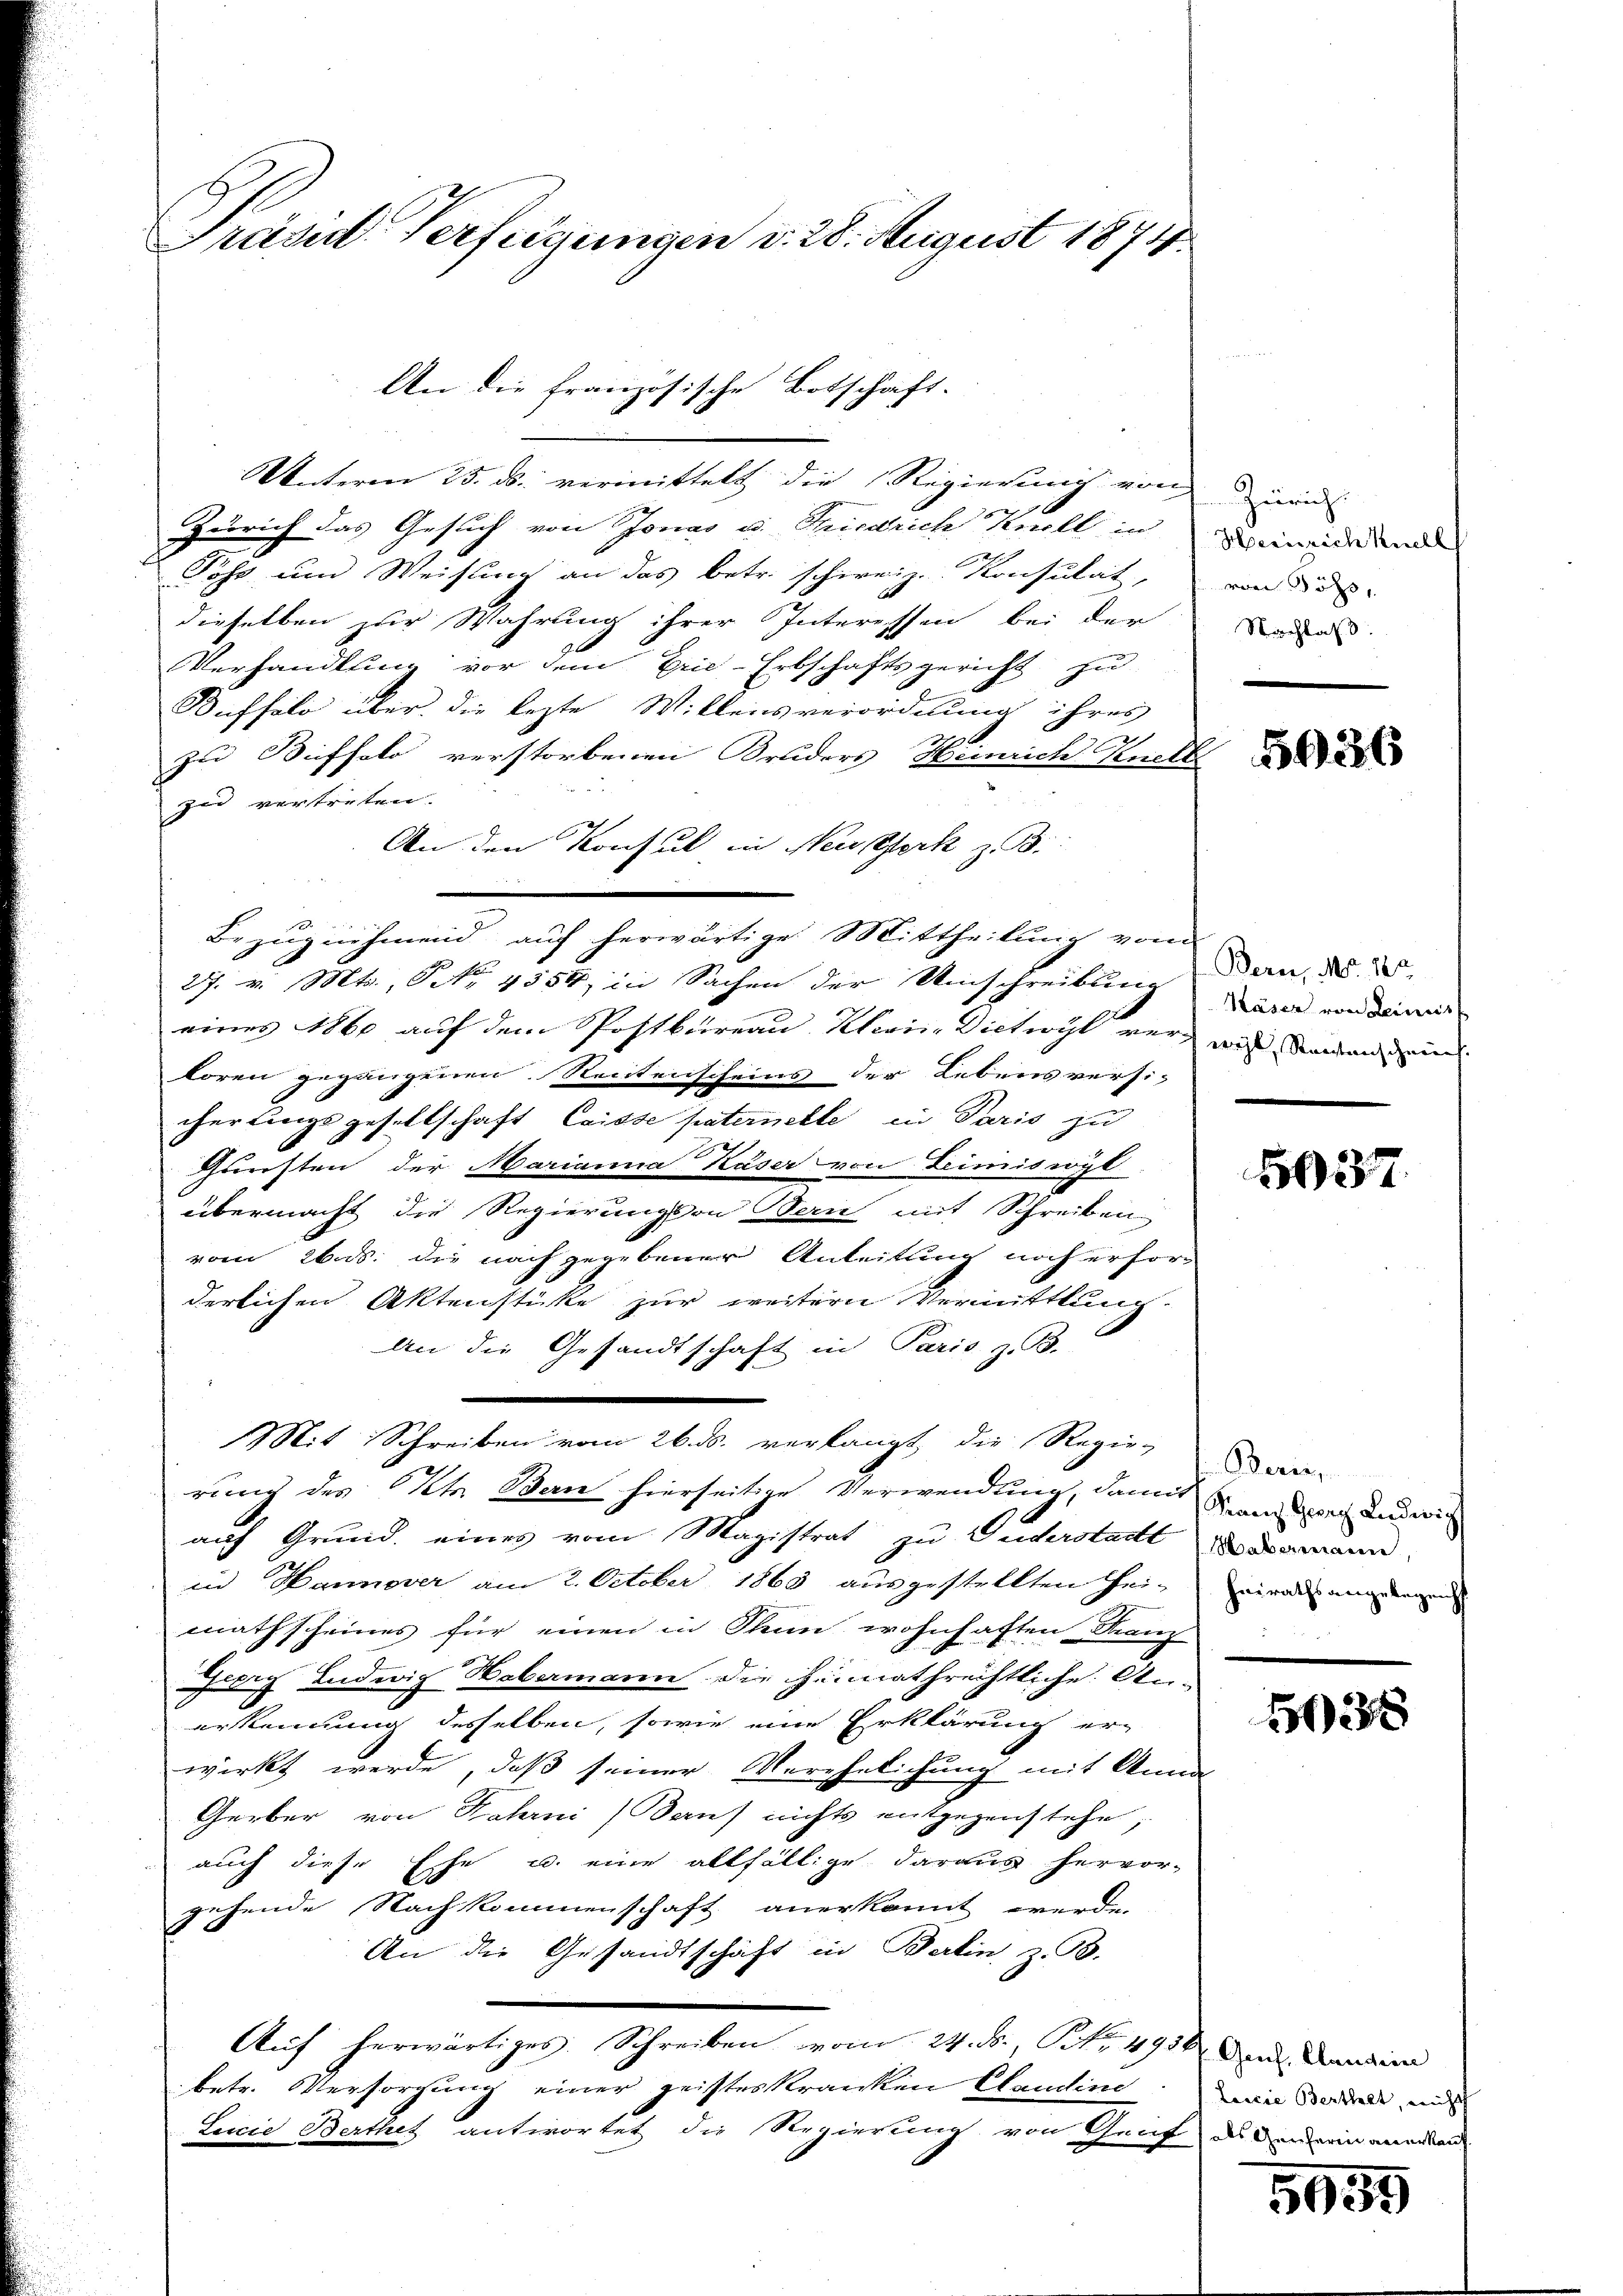
Präsid. Verfügungen d. 28. August 1874

Unterm 25. ds. vermittelt die Regierung von und
Zürich das Gesuch von Jonas u. Tiedrich Knoll in
Poss und Weisung an das betr. schweiz. Konsulat,
dieselben zur Wahrung ihrer Interessen bei der
Verhandlung vor dem Erie-Erbschaftsgericht zu
Buffalo über die lezte Willensverordnung ihres
zu Buffalo verstorbenen Bruders Heinrich, Knels
zu vertreten.
An den Konsul in New York z. B.
Bezugnehmend auf herwärtige Mittheilung vom
27. v. Mts., Art. 4554, in Sachen der Umschreibung
eines 1860 auf dem Postbureau Klein Dietwyl vor wie denen ein
Loren gegangenen Rectenscheins der Lebensversi-
cherlingsgesellschaft Caisse paternelle in Paris zu
2
Gunsten der Marianna Käser von Dimiswyl
übermacht die Regierungsan Bern mit Schreiben
vom 26. ds. die nach gegebener Anleitung noch erhör
derlichen Aktenstücke zur weitern Vermittlung
An die Gesandtschaft in Paris, z. B.
Mit Schreiben vom 26. ds. verlangt, die Regie-
rung des Kt. Ban hierseitige Verwendung, denn kannte und wich
auf Grund, eines vom Magistrat zu Guderstadt
in Hannover am 2. October 1863 ausgestellten Hei-
mathscheines für einen in Thun wohnhaften Franz
Jeery Ludwig Habermann die Heimathrechtliche An-
erkennung desselben, sowie eine Erklärung er-
wirkt werde, daß seiner Verehelichung mit Ann
Gerber von Fahrni (auf nichts entgegenstehe,
auch diese Esse u. eine allfällige daraus hervor-
gehende Nachkommenschaft anerkannt werde.
An die Gesandtschäft in Berlin z. B.
Auf herwärtiges. Schreiben vom 24. ds., Nr. 493 den Landern
betr. Versorgung einer geisteskranken Claudine
Leccie Berthet antwortet die Regierung von Graf diesenerin anerken

An die französische Botschaft.

Heinrich Knell
von Söh
Nachlaß

5036

Bern, No. 182.
Käser von Leines

37.

Beric
 Habermann,
heirathsangelegenht

128

Laicie Berthalt, nicht

5959